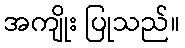
အကျိုး ပြုသည်။